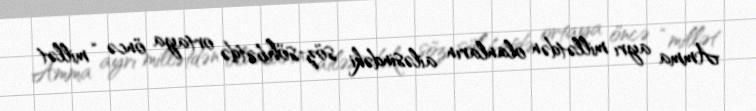
Amma ayrı millətdən olanların ailəsindəki söz-söhbətdə ortaya öncə “millət